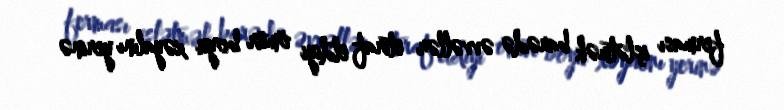
ferması işlətmək barədə əvvəllər etiraf etdiyi ömür boyu xəyalını yerinə